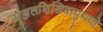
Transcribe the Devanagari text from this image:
मृञ्जलशिखिवायुमयो